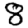
Digit: 8